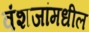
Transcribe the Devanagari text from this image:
वंशजांमधील